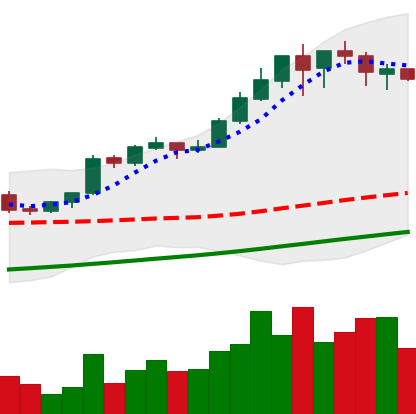
Ticker: BTC-USD
Chart end date: 2017-08-20
Forward return: 6.946%
Label: up_5_7